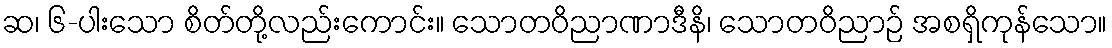
ဆ၊ ၆-ပါးသော စိတ်တို့လည်းကောင်း။ သောတဝိညာဏာဒီနိ၊ သောတဝိညာဉ် အစရှိကုန်သော။